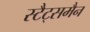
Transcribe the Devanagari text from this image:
स्टैट्समैन